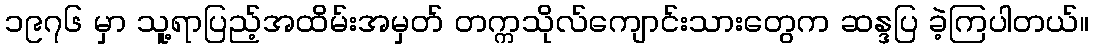
၁၉၇၆ မှာ သူ့ရာပြည့်အထိမ်းအမှတ် တက္ကသိုလ်ကျောင်းသားတွေက ဆန္ဒပြ ခဲ့ကြပါတယ်။